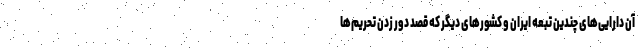
آن دارایی‌های چندین تبعه ایران و کشورهای دیگر که قصد دور زدن تحریم‌ها